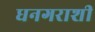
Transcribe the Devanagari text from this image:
धनगराशी